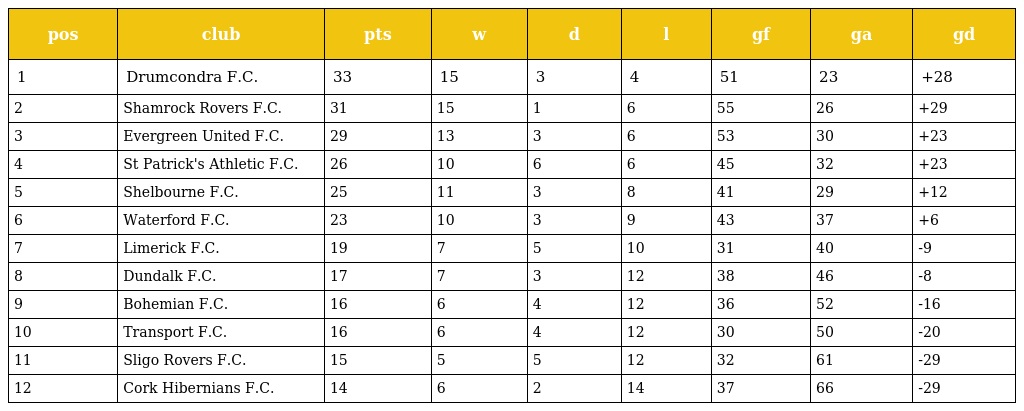
| pos | club | pts | w | d | l | gf | ga | gd |
 | --- | --- | --- | --- | --- | --- | --- | --- | --- |
 | 1 | Drumcondra F.C. | 33 | 15 | 3 | 4 | 51 | 23 | +28 |
 | 2 | Shamrock Rovers F.C. | 31 | 15 | 1 | 6 | 55 | 26 | +29 |
 | 3 | Evergreen United F.C. | 29 | 13 | 3 | 6 | 53 | 30 | +23 |
 | 4 | St Patrick's Athletic F.C. | 26 | 10 | 6 | 6 | 45 | 32 | +23 |
 | 5 | Shelbourne F.C. | 25 | 11 | 3 | 8 | 41 | 29 | +12 |
 | 6 | Waterford F.C. | 23 | 10 | 3 | 9 | 43 | 37 | +6 |
 | 7 | Limerick F.C. | 19 | 7 | 5 | 10 | 31 | 40 | -9 |
 | 8 | Dundalk F.C. | 17 | 7 | 3 | 12 | 38 | 46 | -8 |
 | 9 | Bohemian F.C. | 16 | 6 | 4 | 12 | 36 | 52 | -16 |
 | 10 | Transport F.C. | 16 | 6 | 4 | 12 | 30 | 50 | -20 |
 | 11 | Sligo Rovers F.C. | 15 | 5 | 5 | 12 | 32 | 61 | -29 |
 | 12 | Cork Hibernians F.C. | 14 | 6 | 2 | 14 | 37 | 66 | -29 |